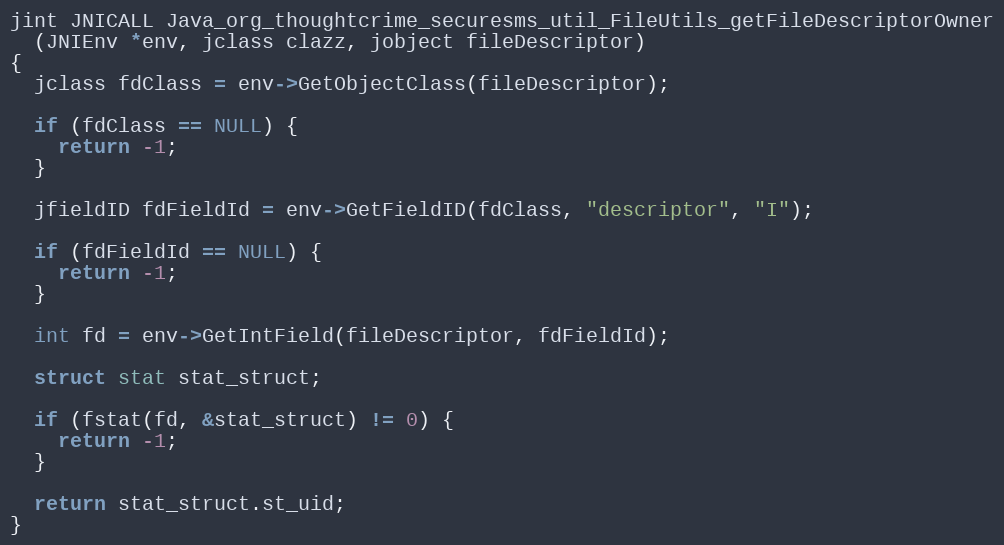
Language: C++
jint JNICALL Java_org_thoughtcrime_securesms_util_FileUtils_getFileDescriptorOwner
  (JNIEnv *env, jclass clazz, jobject fileDescriptor)
{
  jclass fdClass = env->GetObjectClass(fileDescriptor);

  if (fdClass == NULL) {
    return -1;
  }

  jfieldID fdFieldId = env->GetFieldID(fdClass, "descriptor", "I");

  if (fdFieldId == NULL) {
    return -1;
  }

  int fd = env->GetIntField(fileDescriptor, fdFieldId);

  struct stat stat_struct;

  if (fstat(fd, &stat_struct) != 0) {
    return -1;
  }

  return stat_struct.st_uid;
}